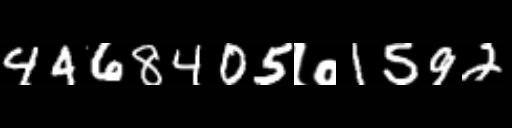
Text: 4468405७1592